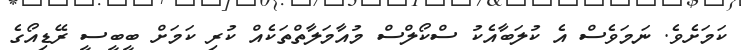
ކަމަށެވެ. ނަމަވެސް އެ ކުލަބާއެކު ސްކޯލްސް މުއާމަލާތްތަކެއް ކުރި ކަމަށް ބީބީސީ ރޭޑިއޯގެ